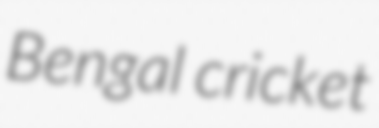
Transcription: Bengal cricket